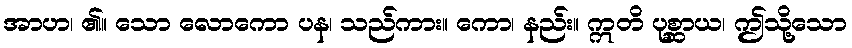
အာဟ၊ ၏။ သော လောကော ပန၊ သည်ကား။ ကော၊ နည်း။ ဣတိ ပုစ္ဆာယ၊ ဤသို့သော